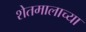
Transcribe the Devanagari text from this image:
शेतमालाच्या